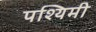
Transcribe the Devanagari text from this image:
पश्यिमी